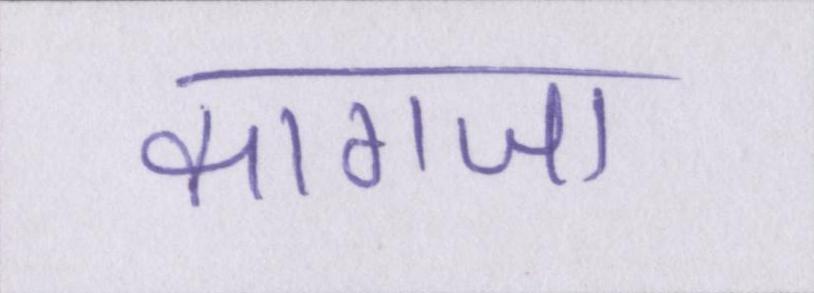
कागजा